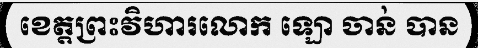
ខេត្តព្រះវិហារលោក ឡោ ចាន់ បាន